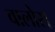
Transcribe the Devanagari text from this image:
वालोस